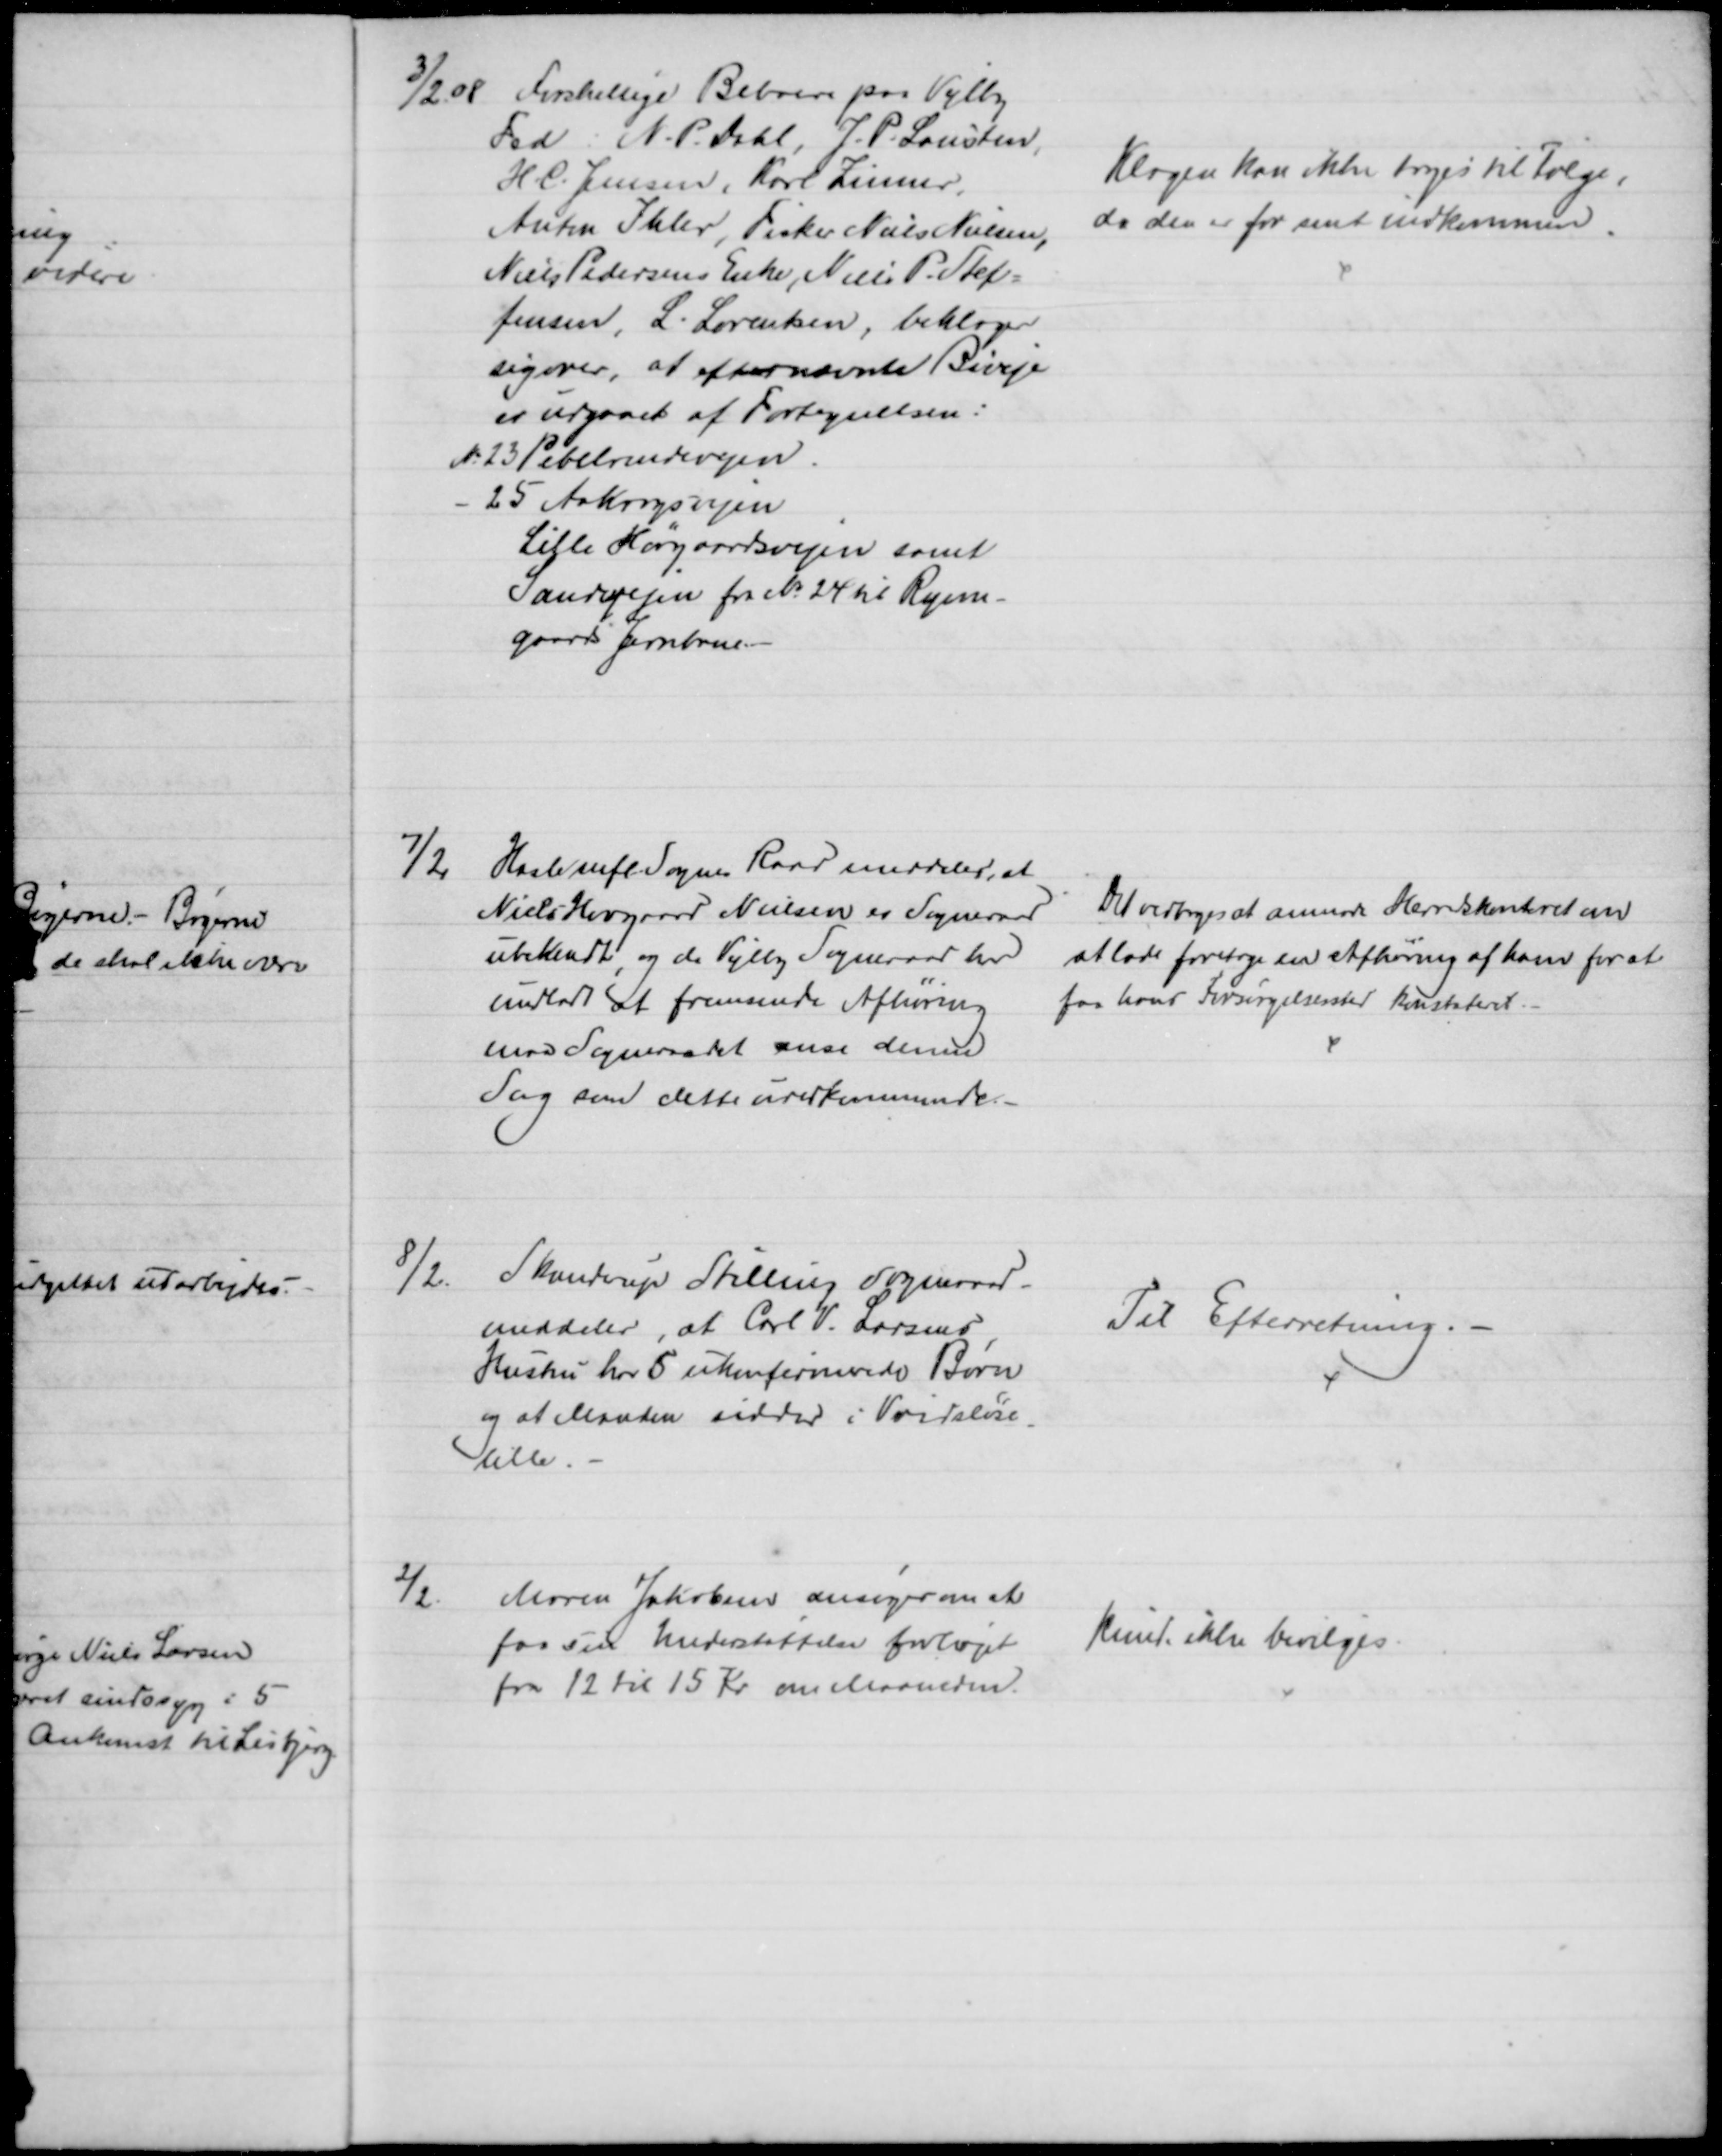
Transskription:
3/2 08 Forskellige Beboere paa Vejlby
Fed. N. P. Dahl, J. P. Lausten,
H. C. Jensen, Karl Zinner,
Anton Ihler, Fisker Niels Nielsen,
Niels Pedersens Enke, Niels P. Stef-
fensen, L. Lorentsen, beklager
sig over, at efternævnte Biveje
er udgaaet af Fortegnelsen:
№. 23 Pebelrendevejen.
25 Aakrogsvejen
Lille Hørgaardsvejen samt
Sandvejen fra No 24 til Ryom-
gaards Jernbane. 
Klagen kan ikke tages til Følge,
da den er for sent indkommen.
7/2
Hasle mfl. Sognes Raad meddeler, at
Niels Hovgaard Nielsen er Sogneraad
ubekendt, og da Vejlby Sogneraad har
undladt at fremsende Afhøring
maa Sogneraadet anse denne
Sag som dette uvedkommende.
Det vedtoges at anmode Herredskontoret om
at lade foretage en Afhøring af ham for at
faa hans Forsørgelsessted konstateret.
8/2. Skanderup Stilling Sogneraad.
meddeler, at Carl V. Larsens
Hustru har 5 ukonfirmerede Børn
og at Manden sidder i Vridsløse-
lille.
Til Efterretning.
2/2
Maren Jakobsen ansøger om at
faa sin Understøttelse forhøjet
fra 12 til 15 Kr om Maaneden.
Kunde ikke bevilges.